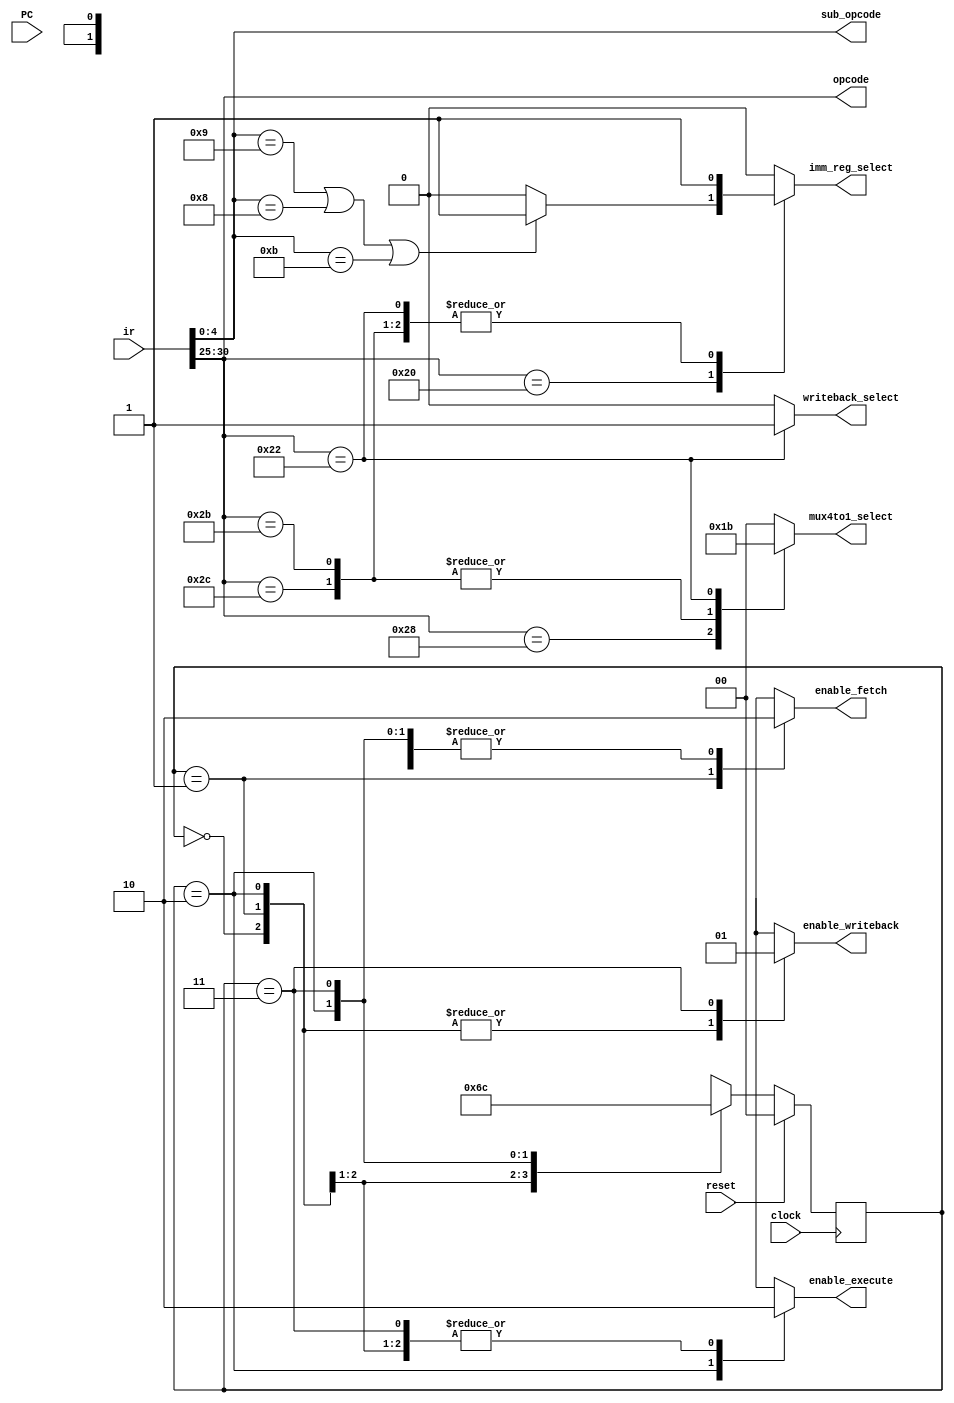
//alu_controller
`define OPCODE ir[30:25]
`define SUBOPCODE ir[4:0]
`define SRLI 5'b01001
`define SLLI 5'b01000
`define ROTRI 5'b01011

module alu_controller(enable_execute, enable_fetch, enable_writeback, opcode, sub_opcode, mux4to1_select, writeback_select, imm_reg_select, clock, reset, PC, ir);
  parameter DataSize = 32;
  parameter AddrSize = 5;

  /* top */
  input clock;
  input reset;
  input [DataSize-1:0] PC;
  input [DataSize-1:0] ir;

  output enable_execute;
  output enable_fetch;
  output enable_writeback;
  output [5:0] opcode;
  output [4:0] sub_opcode;
  output [1:0] mux4to1_select;
  output writeback_select;
  output imm_reg_select;
  
  reg enable_execute;
  reg enable_fetch;
  reg enable_writeback;
  reg [1:0] mux4to1_select;
  reg writeback_select;
  reg imm_reg_select;
  
  /* module */
  //ALU
  wire [5:0] opcode = ir[30:25];
  wire [4:0] sub_opcode = ir[4:0];
  //register
  wire [AddrSize-1:0]read_address1 = ir[19:15];
  wire [AddrSize-1:0]read_address2 = ir[14:10];
  wire [AddrSize-1:0]write_address = ir[24:20];

  /* others */
  reg [1:0] current_state;
  reg [1:0] next_state;
  reg [DataSize-1:0] present_instruction;

  // sub_opcode
  parameter NOP=5'b01001,ADD=5'b00000,SUB=5'b00001,AND=5'b00010,
            OR=5'b00100,XOR=5'b00011,SRLI=5'b01001,SLLI=5'b01000,
            ROTRI=5'b01011;
  // state
  parameter stopState = 2'b00, fetchState = 2'b01, exeState = 2'b10, writeState =  2'b11;
  // mux4to1_select
  parameter imm5bitZE = 2'b00, imm15bitSE = 2'b01, imm15bitZE = 2'b10, imm20bitSE =  2'b11;
  // writeback_select
  parameter aluResult = 1'b0, scr2Out = 1'b1; 
  // imm_reg_select
  parameter regOut = 1'b0, immOut = 1'b1;

  always @(posedge clock)
  begin
    if(reset)
      current_state <= stopState;
    else
      current_state <= next_state;
  end

  always @(current_state)
  begin
    case(current_state)
    stopState : begin
      next_state = fetchState;
      enable_fetch = 0;
      enable_execute = 0;
      enable_writeback = 0;
    end
    fetchState : begin
      next_state = exeState;
      enable_fetch = 1;
      enable_execute = 0;
      enable_writeback = 0;
    end
    exeState : begin
      next_state = writeState;
      enable_fetch = 0;
      enable_execute = 1;
      enable_writeback = 0;
    end
    writeState : begin
      next_state = stopState;
      enable_fetch = 0;
      enable_execute = 0;
      enable_writeback = 1;
    end
    endcase

    writeback_select = (opcode == 6'b100010) ? scr2Out : aluResult;

    case(opcode)
      6'b100000 : begin
            if (sub_opcode == SRLI | sub_opcode == SLLI | sub_opcode == ROTRI) begin
            mux4to1_select = imm5bitZE; 
            imm_reg_select = immOut;
        end
        else begin
            mux4to1_select = imm5bitZE; 
            imm_reg_select = regOut;
            end
        end
      6'b101000 : begin
              mux4to1_select = imm15bitSE;
              imm_reg_select = immOut;
            end
      6'b101100 : begin
              mux4to1_select = imm15bitZE;
              imm_reg_select = immOut;
            end
      6'b101011 : begin
              mux4to1_select = imm15bitZE;
              imm_reg_select = immOut;
            end
      6'b100010 : begin
              mux4to1_select = imm20bitSE;
              imm_reg_select = immOut;
            end
      default   : begin 
              mux4to1_select = imm5bitZE; 
              imm_reg_select = regOut;
            end
    endcase
  end

  always @(posedge enable_fetch)
  begin
    if(PC == 0)
      present_instruction <= 0;
    else
      present_instruction <= ir;
  end

endmodule